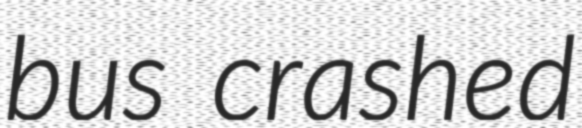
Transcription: bus crashed